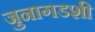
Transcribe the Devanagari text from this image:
जुनागडशी